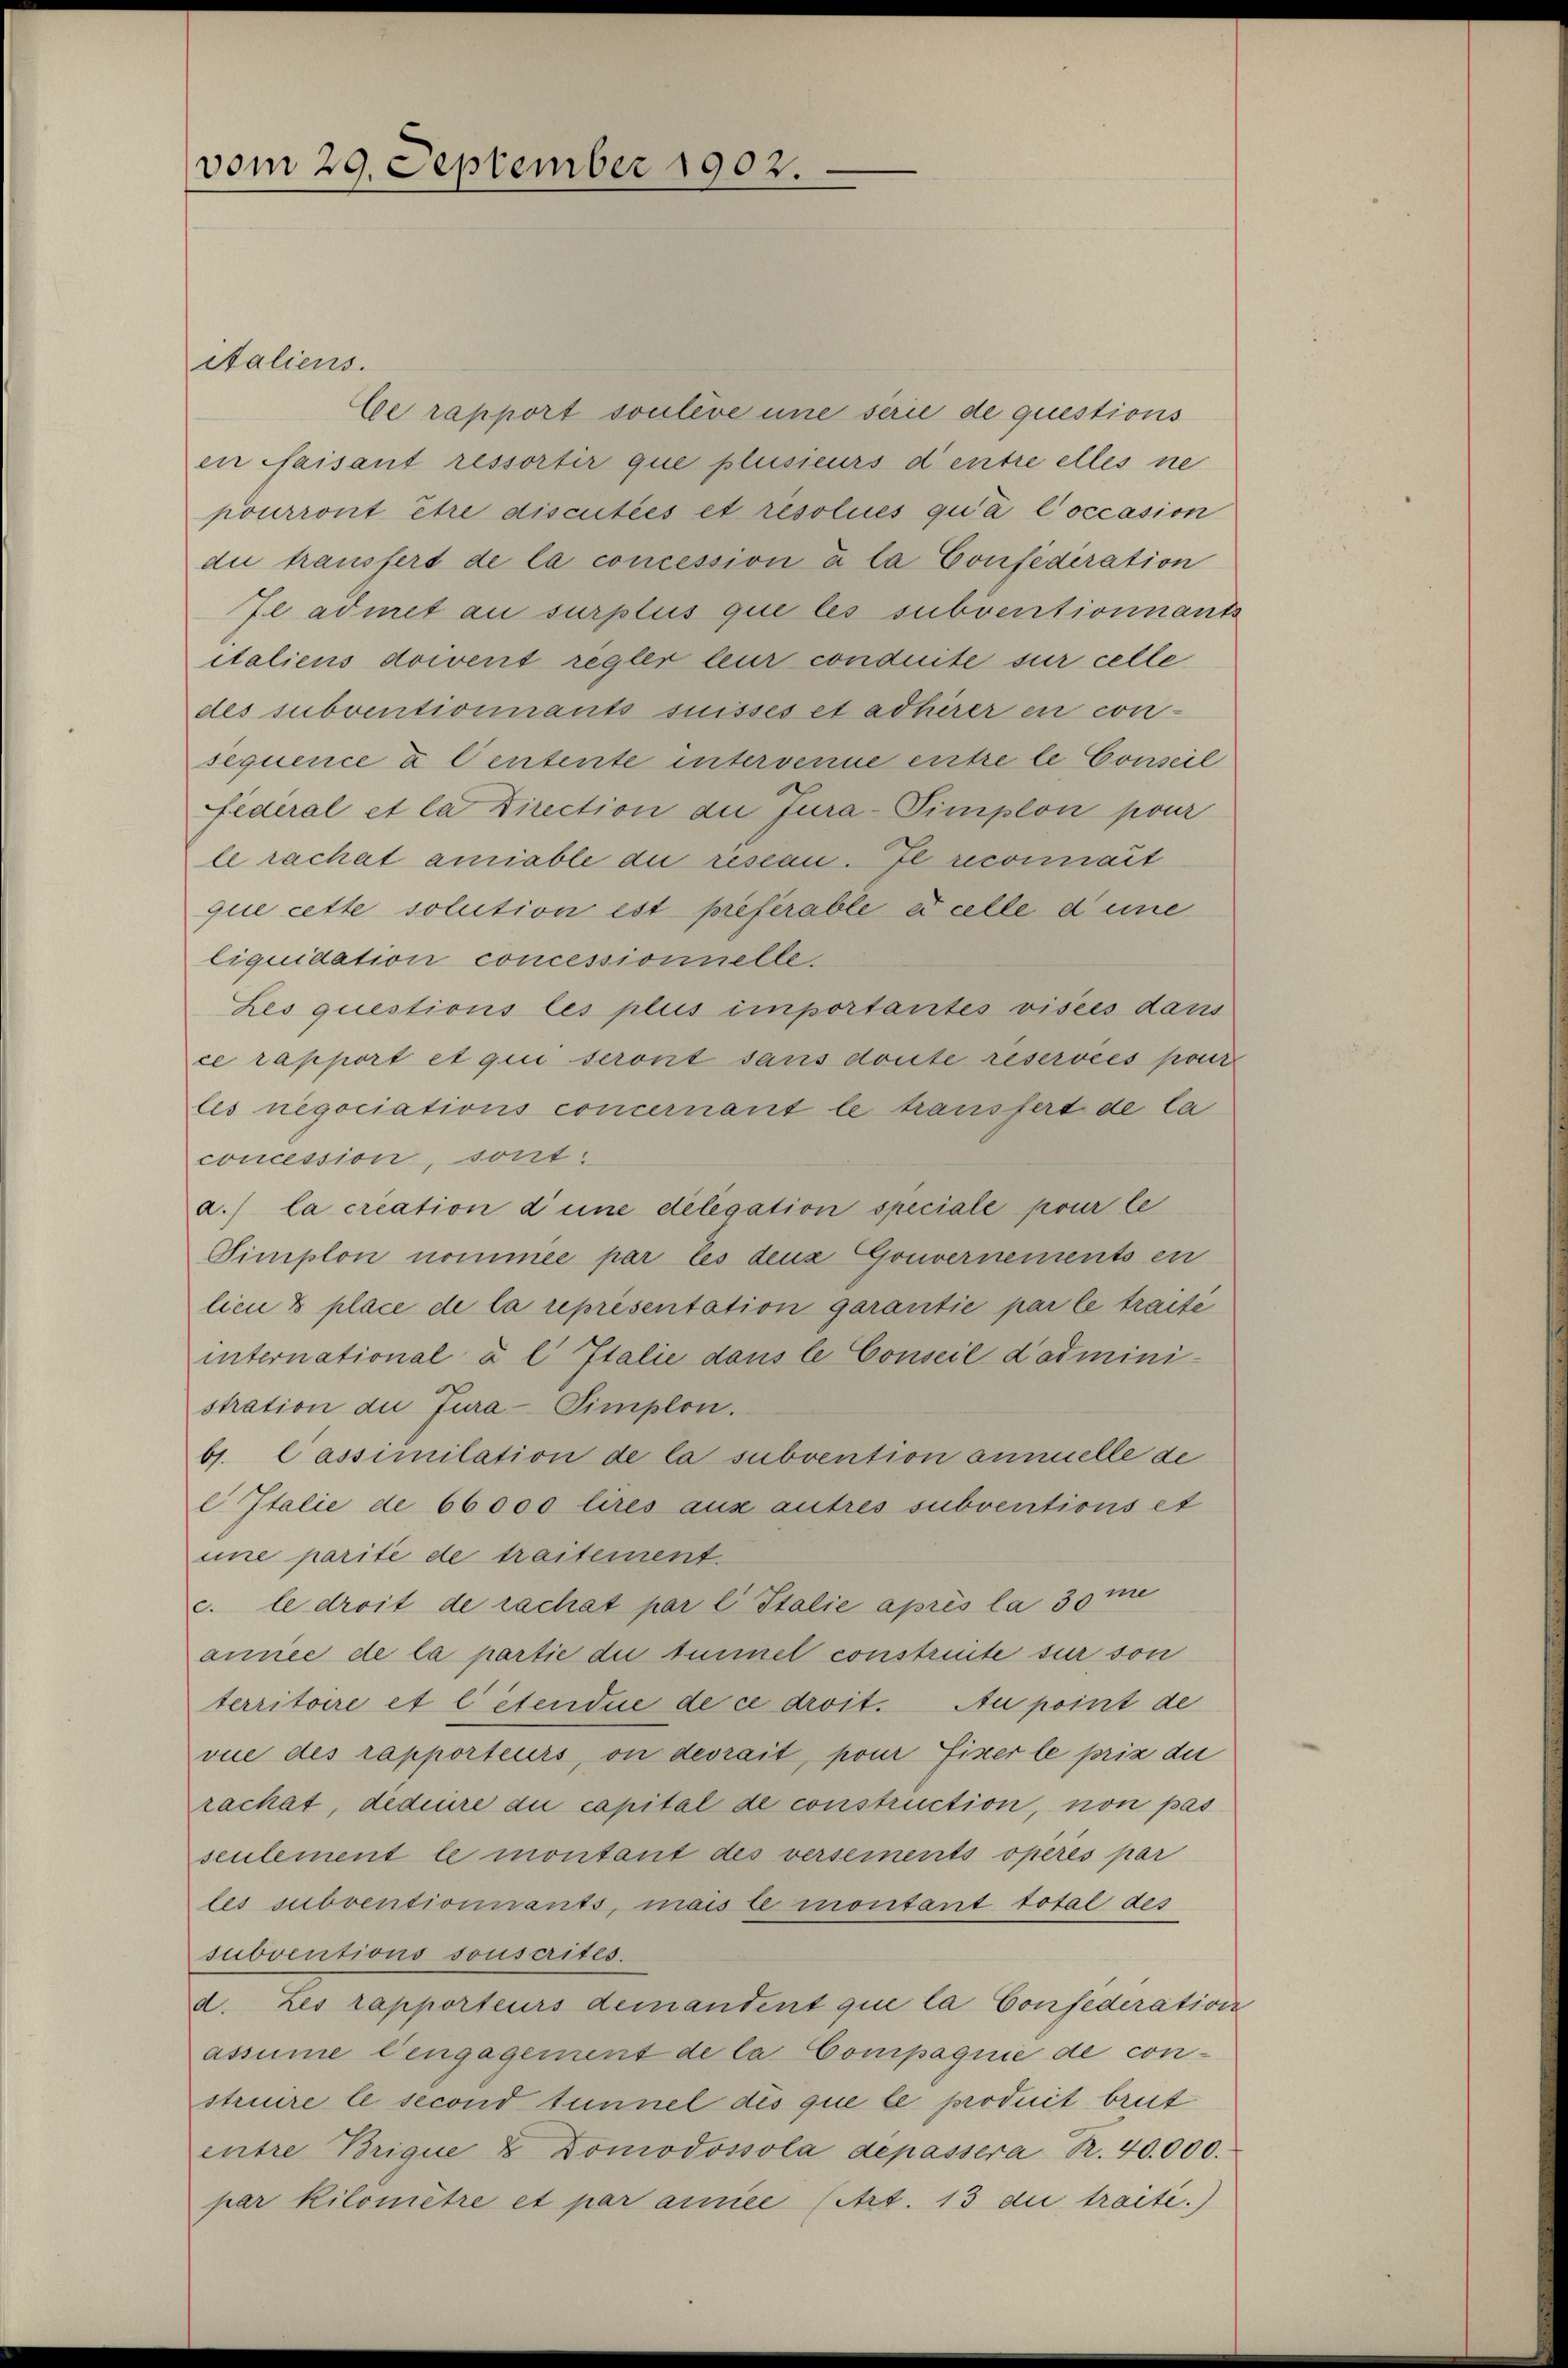
vom 29. September 1902.

italiens.

Ce rapport soulève une serie de questions
en faisant ressortir que plusieurs d’entre elles ne
pourront être discutées et resolues qua Coccasion
die transfert de la concession à la Confederation
Je admet au surplus que les subventionnants
italiens doivent regler leur conduite sur celle
des subventionnants suisses et adhirer en con-
sequence d Centente intervenne entre le Conseil
federal et la Direction du Jura-Simplon pour
le rachat amiable die rescan. Je reconnait
que cette solution est preferable e celle dene
liquidation concessionnelle.
Les questions les plus importantes viseis dans
ce rapport et qui seront sans doute reservées pour
les negociations concernant le transfert de la
concession, sont:
a.) la creation d’une delegation speciale pour le
Simplon nommée par les denz Gouvernements en
lien 8 place de la représentation garantie par le traité
international a l Italie dans le Conseil d’admini-
stration du Jura-Simplon.
b1. Cassimilation de la subvention annuelle de
C Italie de 66000 lires aus autres subventions et
une parité de traitement.
c. le droit de rachat par l Italie après la 30 me
année de la partie die tunnel constreite sur son
territoire et l’étendue de ce droit. Au point de
vue des rapporteurs, on devrait, pour fixer le prix die
rachat, dediure du capital de construction, non pas
seulement le montant des versements operes par
les subventionnants, mais le montant total des
subventions souscrites.
d. Les rapporteurs demandent que la Confederation
assume l’engagement de la Compagnie de construire le second tunnel des que le produit brut
entre Brique & Domodossola depassera R. 40.000.
par Kilomêtre et par amice (Art. 13 die traite.)